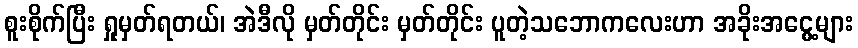
စူးစိုက်ပြီး ရှုမှတ်ရတယ်၊ အဲဒီလို မှတ်တိုင်း မှတ်တိုင်း ပူတဲ့သဘောကလေးဟာ အခိုးအငွေ့များ